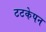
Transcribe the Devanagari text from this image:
टटकेपन